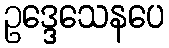
ဥဒ္ဒေသေနပေ